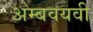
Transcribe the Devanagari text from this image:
अम्बवयवी